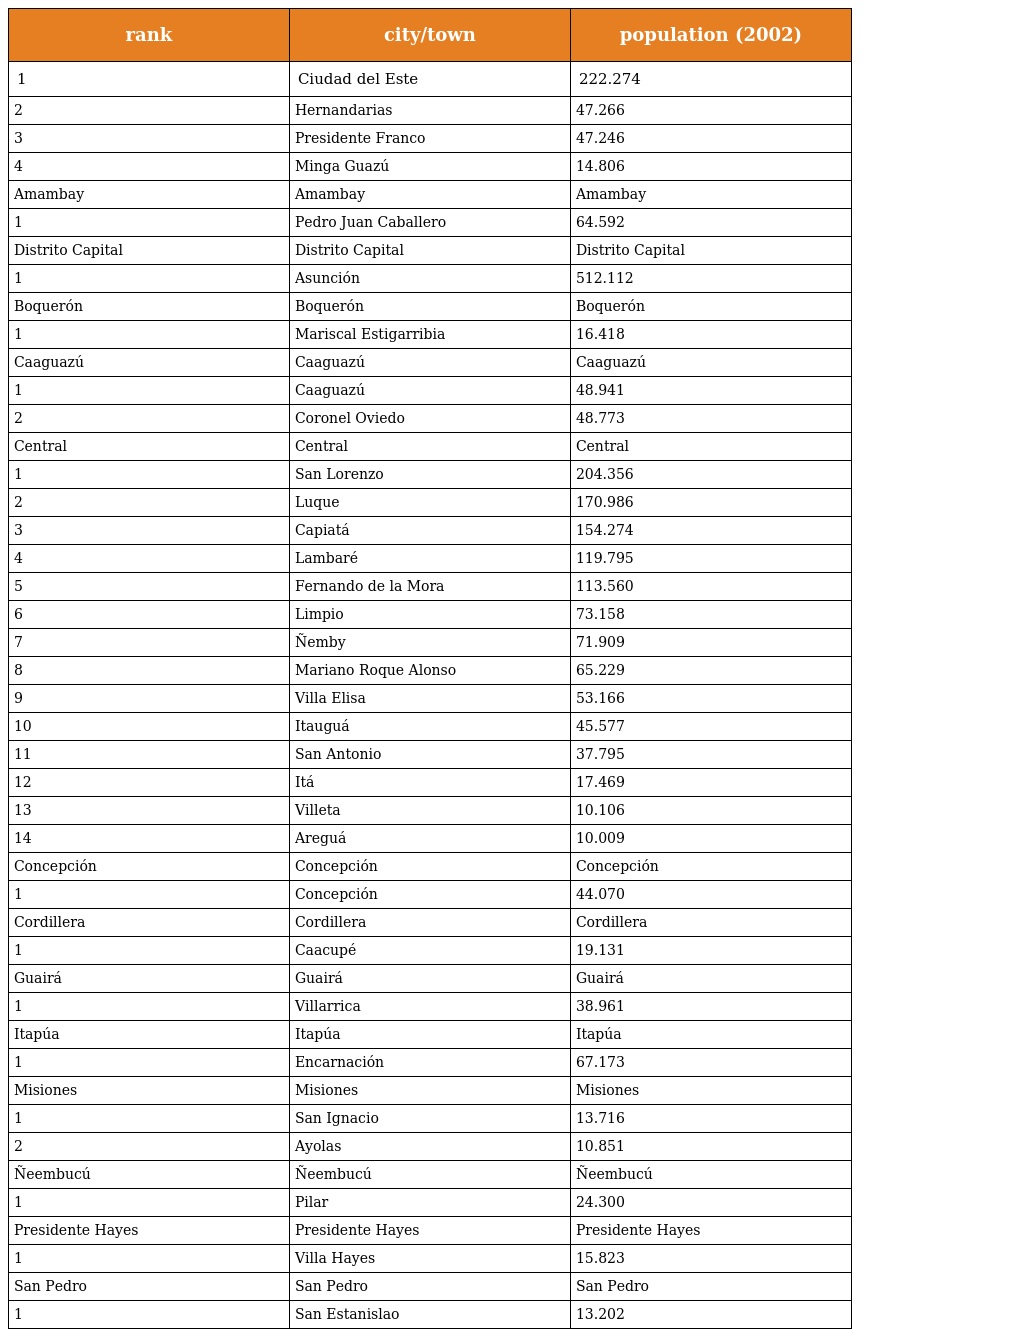
| rank | city/town | population (2002) |
 | --- | --- | --- |
 | 1 | Ciudad del Este | 222.274 |
 | 2 | Hernandarias | 47.266 |
 | 3 | Presidente Franco | 47.246 |
 | 4 | Minga Guazú | 14.806 |
 | Amambay | Amambay | Amambay |
 | 1 | Pedro Juan Caballero | 64.592 |
 | Distrito Capital | Distrito Capital | Distrito Capital |
 | 1 | Asunción | 512.112 |
 | Boquerón | Boquerón | Boquerón |
 | 1 | Mariscal Estigarribia | 16.418 |
 | Caaguazú | Caaguazú | Caaguazú |
 | 1 | Caaguazú | 48.941 |
 | 2 | Coronel Oviedo | 48.773 |
 | Central | Central | Central |
 | 1 | San Lorenzo | 204.356 |
 | 2 | Luque | 170.986 |
 | 3 | Capiatá | 154.274 |
 | 4 | Lambaré | 119.795 |
 | 5 | Fernando de la Mora | 113.560 |
 | 6 | Limpio | 73.158 |
 | 7 | Ñemby | 71.909 |
 | 8 | Mariano Roque Alonso | 65.229 |
 | 9 | Villa Elisa | 53.166 |
 | 10 | Itauguá | 45.577 |
 | 11 | San Antonio | 37.795 |
 | 12 | Itá | 17.469 |
 | 13 | Villeta | 10.106 |
 | 14 | Areguá | 10.009 |
 | Concepción | Concepción | Concepción |
 | 1 | Concepción | 44.070 |
 | Cordillera | Cordillera | Cordillera |
 | 1 | Caacupé | 19.131 |
 | Guairá | Guairá | Guairá |
 | 1 | Villarrica | 38.961 |
 | Itapúa | Itapúa | Itapúa |
 | 1 | Encarnación | 67.173 |
 | Misiones | Misiones | Misiones |
 | 1 | San Ignacio | 13.716 |
 | 2 | Ayolas | 10.851 |
 | Ñeembucú | Ñeembucú | Ñeembucú |
 | 1 | Pilar | 24.300 |
 | Presidente Hayes | Presidente Hayes | Presidente Hayes |
 | 1 | Villa Hayes | 15.823 |
 | San Pedro | San Pedro | San Pedro |
 | 1 | San Estanislao | 13.202 |